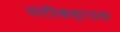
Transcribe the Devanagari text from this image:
सटीकहाउस